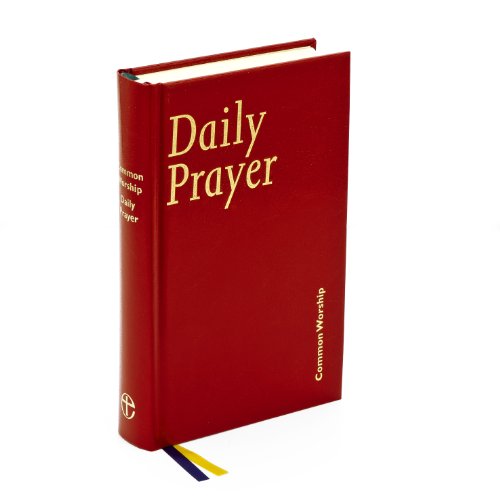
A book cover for Common Worship: Daily Prayer hardback (Common Worship: Services and Prayers for the Church of England); Christian Books & Bibles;